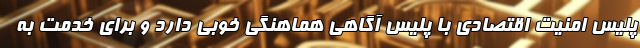
پلیس امنیت اقتصادی با پلیس آگاهی هماهنگی خوبی دارد و برای خدمت به